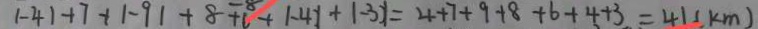
\vert - 4 \vert + 7 + 1 - 9 \vert + 8 + 6 + \vert - 4 \vert + \vert - 3 \vert = 4 + 7 + 9 + 8 + 6 + 4 + 3 = 4 1 ( k m )